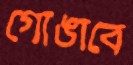
গোঙাবে